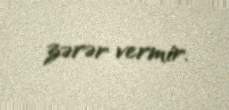
zərər vermir.